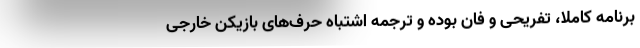
برنامه کاملا، تفریحی و فان بوده و ترجمه اشتباه حرف‌های بازیکن خارجی